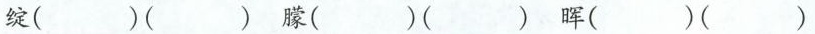
绽（）（） 朦（）（） 晖（）（）